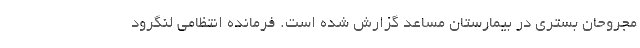
مجروحان بستری در بیمارستان مساعد گزارش شده است. فرمانده انتظامی لنگرود